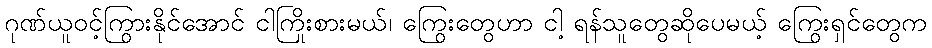
ဂုဏ်ယူဝင့်ကြွားနိုင်အောင် ငါကြိုးစားမယ်၊ ကြွေးတွေဟာ ငါ့ ရန်သူတွေဆိုပေမယ့် ကြွေးရှင်တွေက